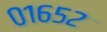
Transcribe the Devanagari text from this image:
०१६५२